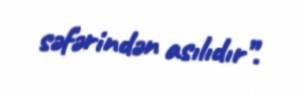
səfərindən asılıdır”.